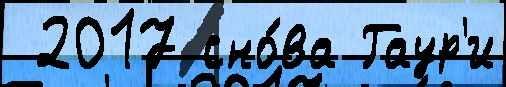
 2017 сно́ва Гаур'и